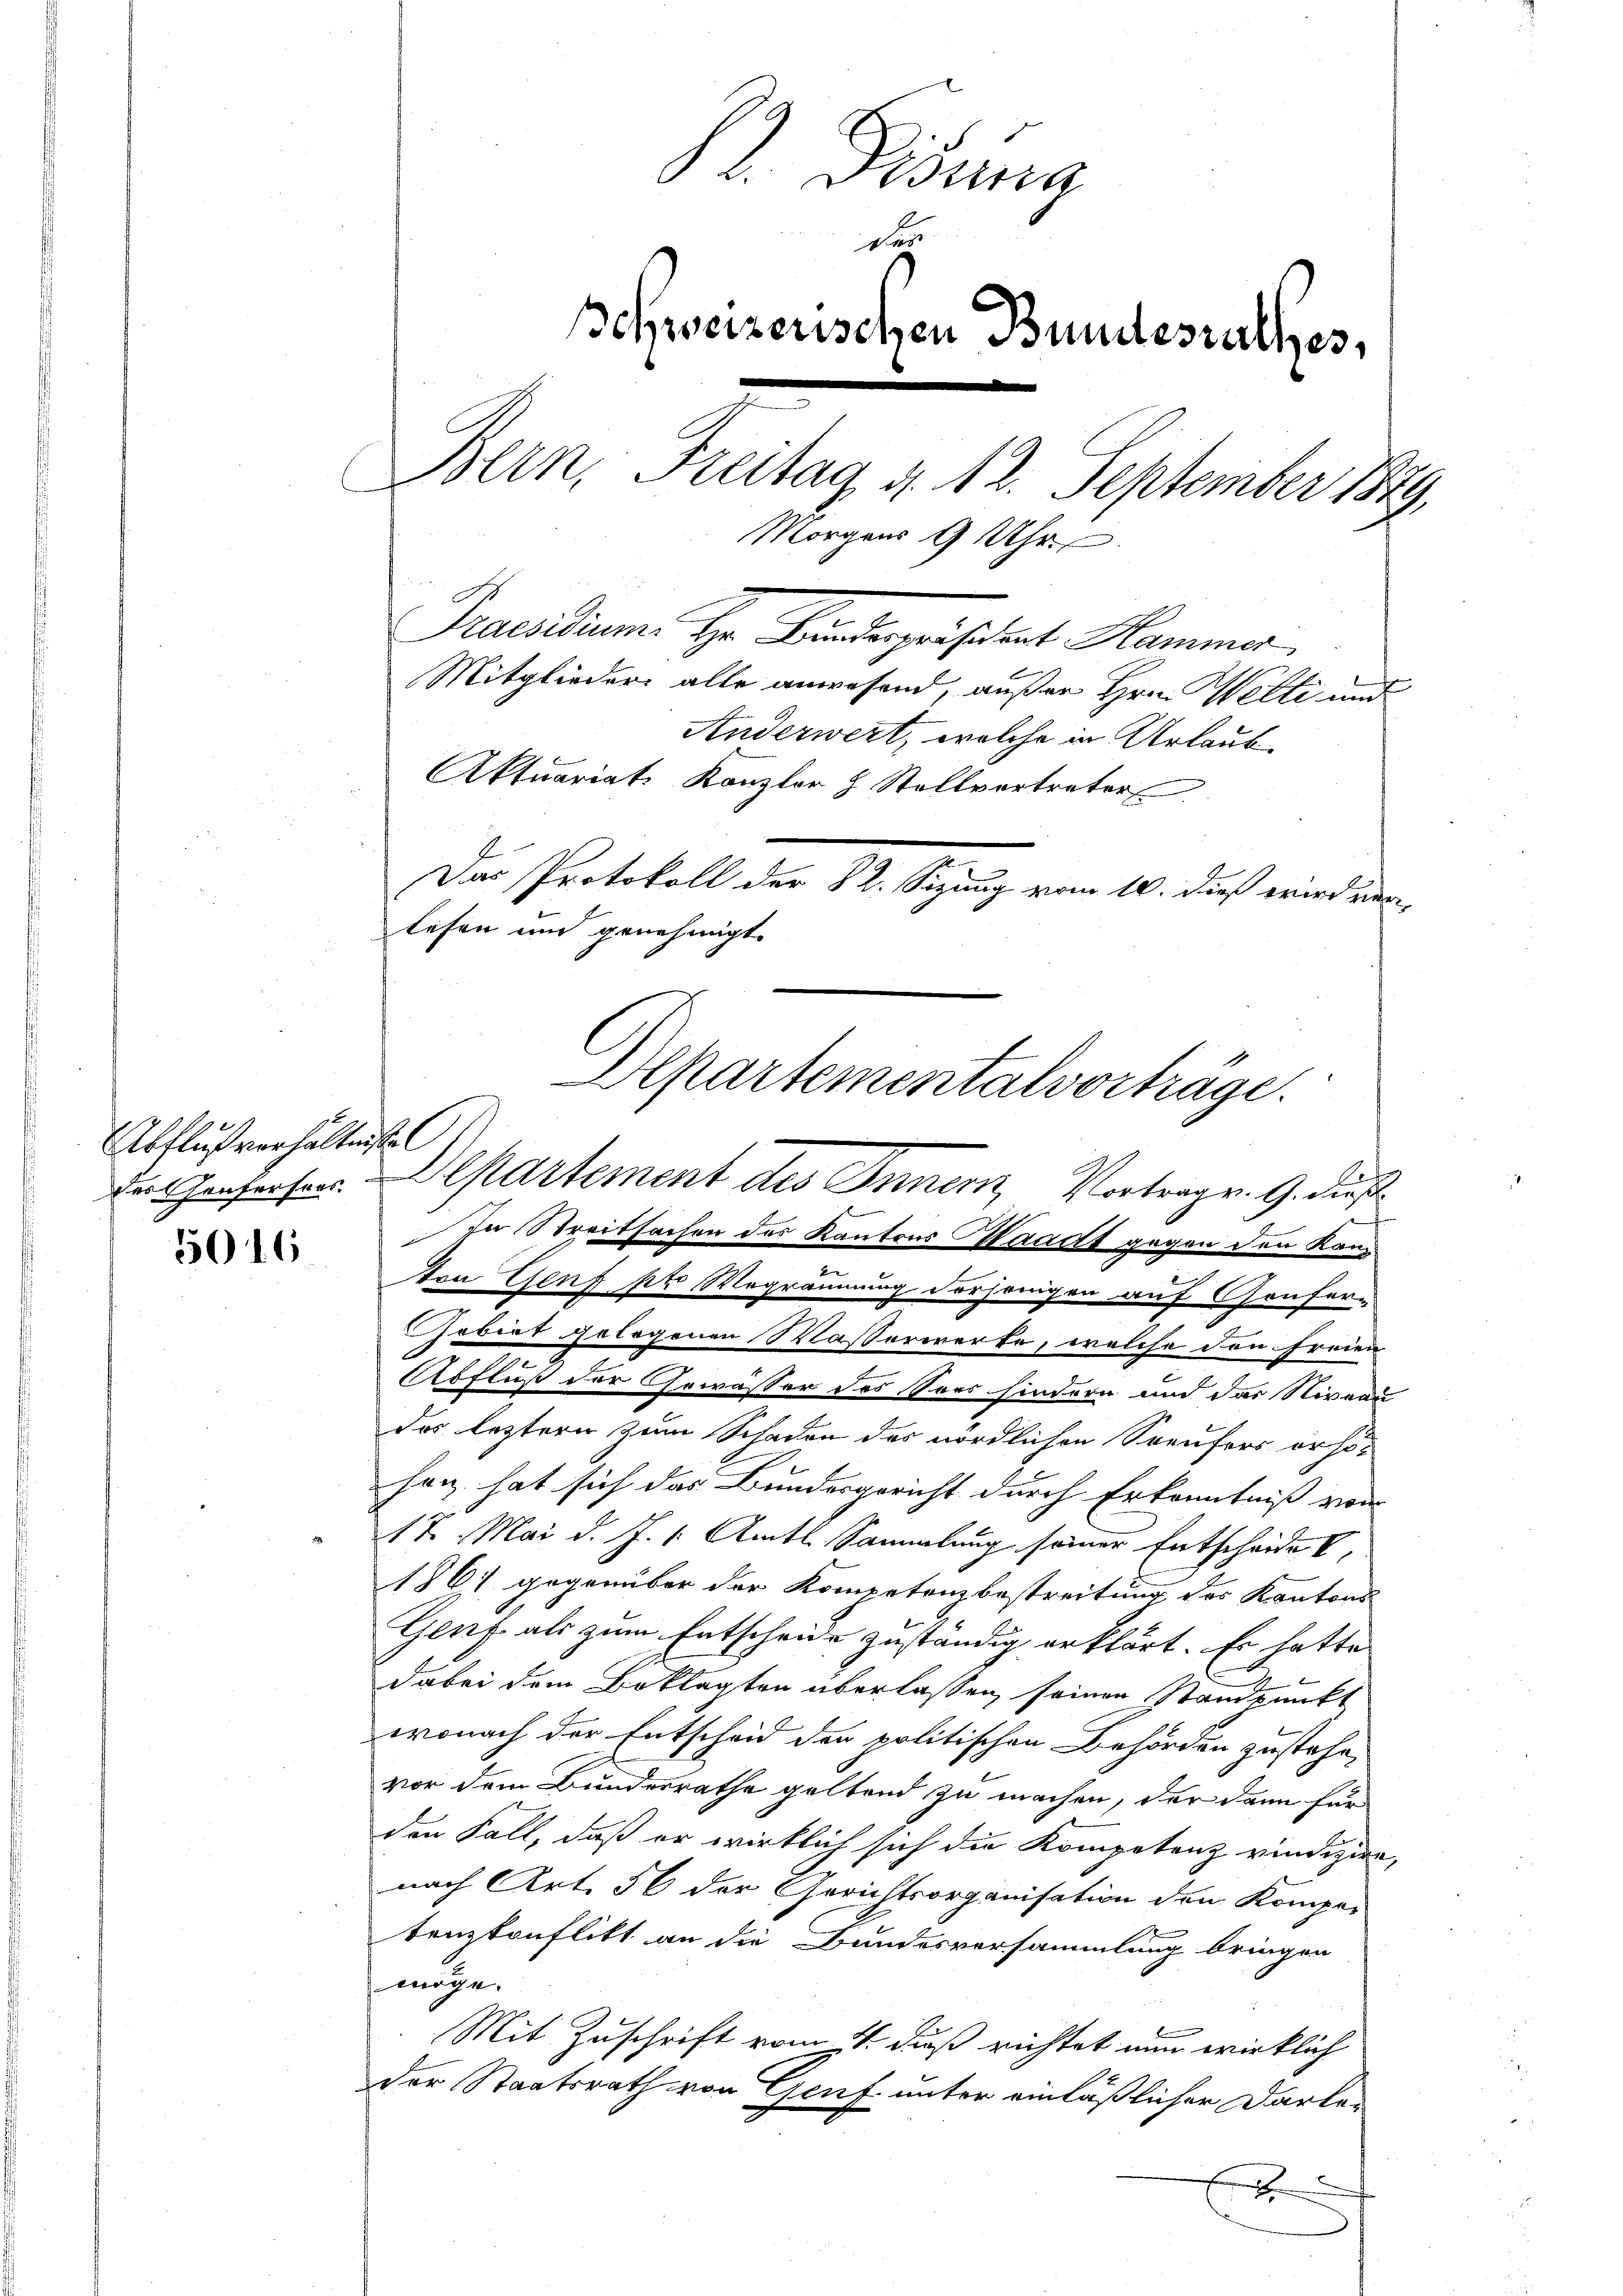
Abflußverhältnissen

5016

Praesidium. Hr. Pintegristrat Kammer
Mitglieder alle anwesend, außer Hrn. Welti und
Anderwert, welche in Urlaub
Aktuariats Kanzler & Stellvertreter
Das Protokoll der 82. Sizung vom 10. dieß wird ver-
lesen und genehmigt.

B. Disung
der
schweizerischen Bundesrathes,
Bern, Freitag d. 12. September 1849.
Morgens 9 Uhr

Departementalvorträge.
der Genfessor Departement des Inner Vortrage. G. dieß

In Streitsachen des Kantons Waadt gegen den kann

ten Genf pr. Wegräumung derjenigen auf Grufer¬
Gebiet gelegenen Wasserwerke, welche den Freien
Abfluß der Gewässer des Vors hindern und das Nivea
das leztern zum Schaden des nördlichen Seeufers erst-
han hat sich das Bundesgericht durch Erkenntniß von
17. Mai d. J. 1. Amtl. Sammlung seiner Entscheide V
1861 gegenüber der Kompetenzbestreitung des Kantons
Genf als zum Entscheide zuständig erklärt. Er hatte
dabei dem Beklagten überlassen seinen Standpunkt
wonach der Entscheid der politischen Behörden zustehe,
vor dem Bundesrathe geltend zu machen, der dann für
den Fall, daß er wirklich sich die Kompetenz vindizire,
nach Art. 56 der Gerichtsorganisation den Kompei-
tenzkonflikt an die Bundesversammlung bringen
möge.
Mit Zuschrift vom 4. daß richtet nun wirklich
der Staatsrath von Genf unter einläßlicher Darle-
e